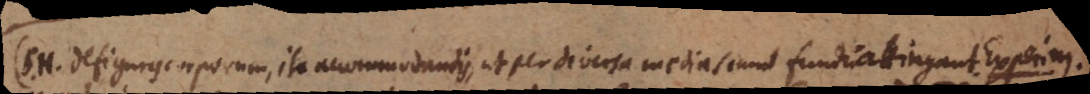
(S.H. de figuris corporum, ita accommodandis, ut per diversa media simul fundum attingant. Experim.